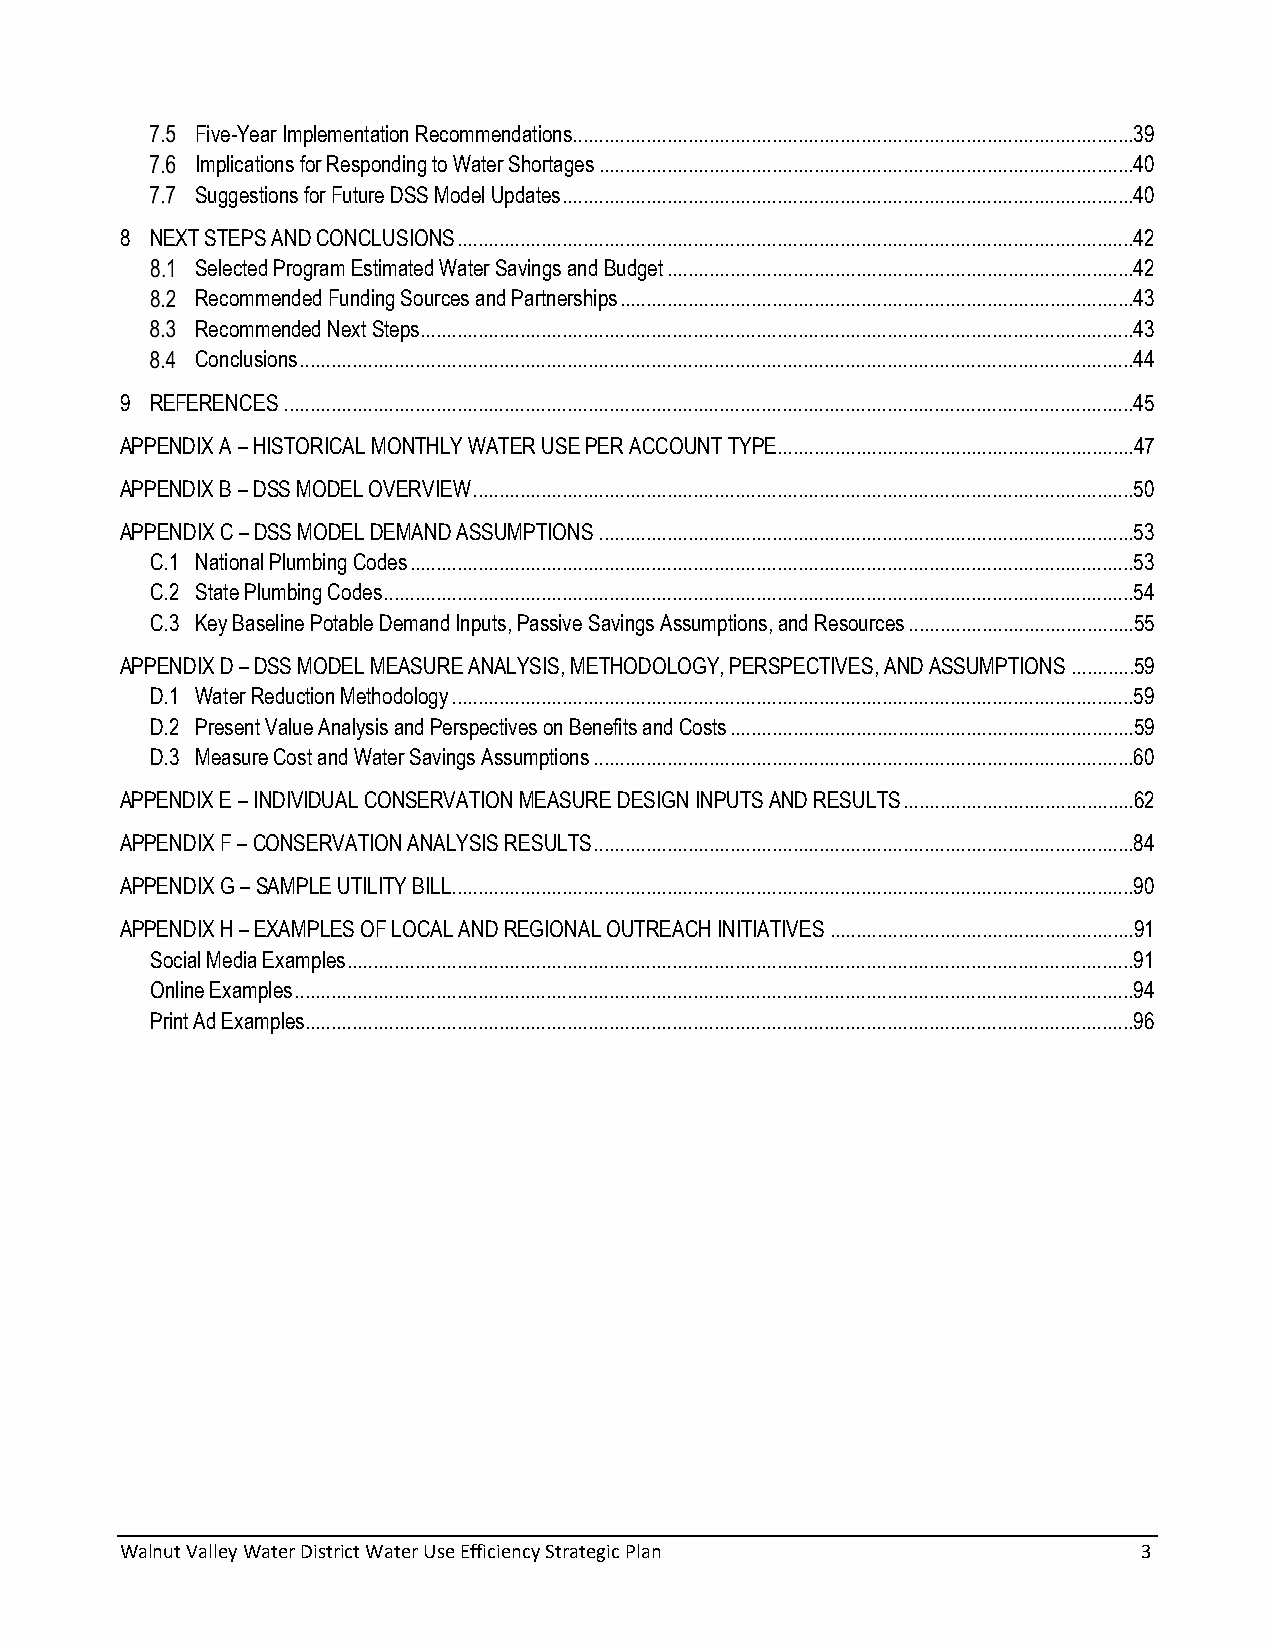
Five-Year Implementation Recommendations ...........................................................................................................39
 Implications for Responding to Water Shortages ......................................................................................................40
 Suggestions for Future DSS Model Updates .............................................................................................................40
 8 NEXT STEPS AND CONCLUSIONS .................................................................................................................................42
 Selected Program Estimated Water Savings and Budget .........................................................................................42
 Recommended Funding Sources and Partnerships ..................................................................................................43
 Recommended Next Steps ........................................................................................................................................43
 Conclusions ...............................................................................................................................................................44
 9 REFERENCES ..................................................................................................................................................................45
 APPENDIX A – HISTORICAL MONTHLY WATER USE PER ACCOUNT TYPE....................................................................47
 APPENDIX B – DSS MODEL OVERVIEW ..............................................................................................................................50
 APPENDIX C – DSS MODEL DEMAND ASSUMPTIONS ......................................................................................................53
 C.1 National Plumbing Codes ..........................................................................................................................................53
 C.2 State Plumbing Codes ...............................................................................................................................................54
 C.3 Key Baseline Potable Demand Inputs, Passive Savings Assumptions, and Resources ...........................................55
 APPENDIX D – DSS MODEL MEASURE ANALYSIS, METHODOLOGY, PERSPECTIVES, AND ASSUMPTIONS ............59
 D.1 Water Reduction Methodology ..................................................................................................................................59
 D.2 Present Value Analysis and Perspectives on Benefits and Costs .............................................................................59
 D.3 Measure Cost and Water Savings Assumptions .......................................................................................................60
 APPENDIX E – INDIVIDUAL CONSERVATION MEASURE DESIGN INPUTS AND RESULTS ............................................62
 APPENDIX F – CONSERVATION ANALYSIS RESULTS .......................................................................................................84
 APPENDIX G – SAMPLE UTILITY BILL ..................................................................................................................................90
 APPENDIX H – EXAMPLES OF LOCAL AND REGIONAL OUTREACH INITIATIVES ..........................................................91
 Social Media Examples ......................................................................................................................................................91
 Online Examples ................................................................................................................................................................94
 Print Ad Examples..............................................................................................................................................................96
 Walnut Valley Water District Water Use Efficiency Strategic Plan    3